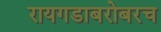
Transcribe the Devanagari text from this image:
रायगडाबरोबरच